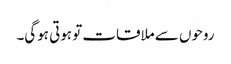
روحوں سے ملاقات تو ہوتی ہوگی۔